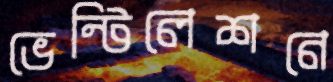
ভেন্টিলেশনে